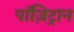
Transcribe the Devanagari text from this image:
पॉज़िट्रान